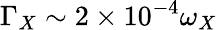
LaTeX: \Gamma_{X}\sim 2\times 10^{-4}\omega_{X}